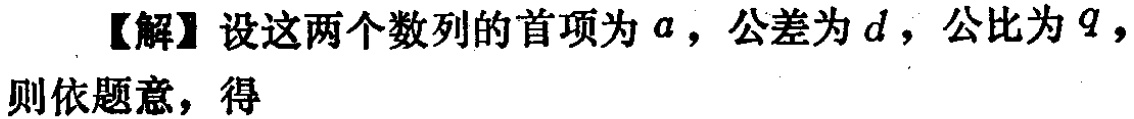
【解】设这两个数列的首项为 \(a\)，公差为 \(d\)，公比为 \(q\)，则依题意，得